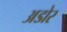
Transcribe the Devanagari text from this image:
अडोर